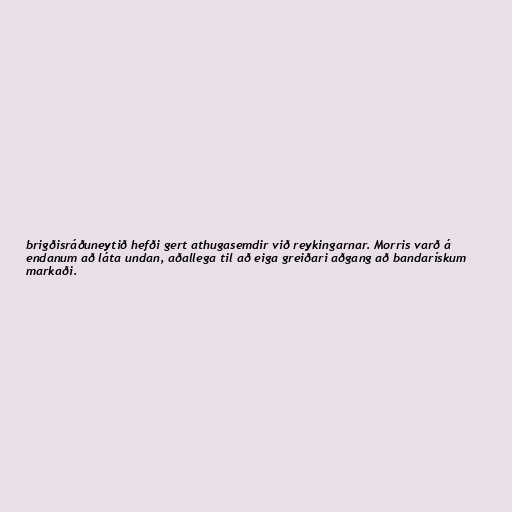
brigðisráðuneytið hefði gert athugasemdir við reykingarnar. Morris varð á
endanum að láta undan, aðallega til að eiga greiðari aðgang að bandarískum
markaði.